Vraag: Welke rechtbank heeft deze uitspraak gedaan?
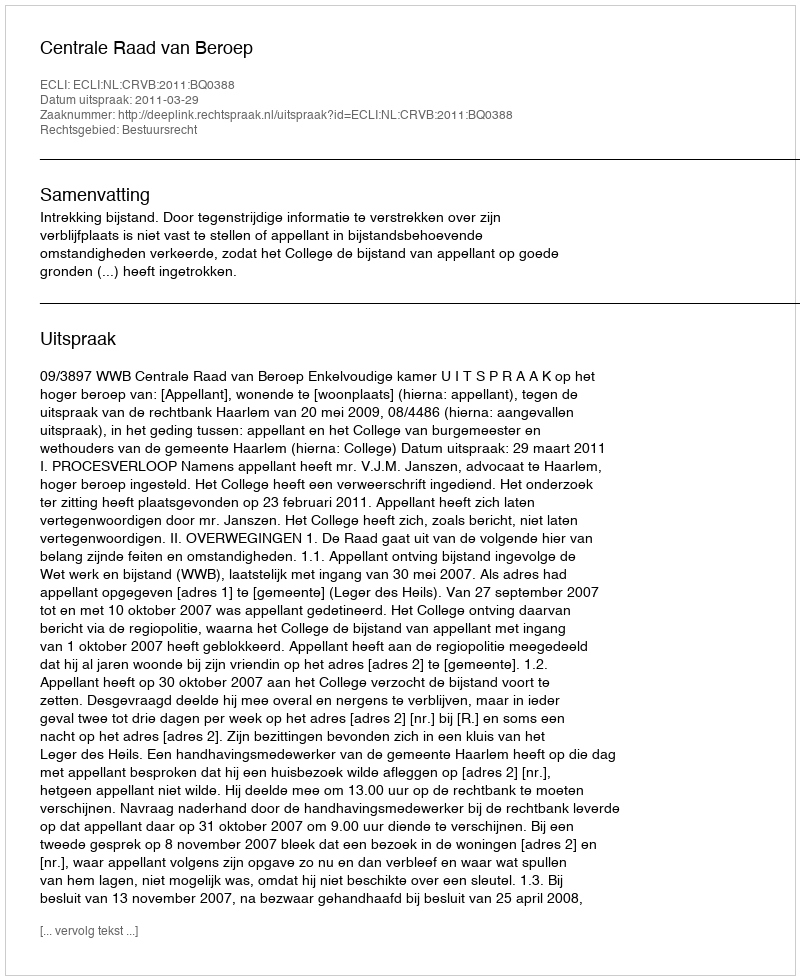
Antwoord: Centrale Raad van Beroep